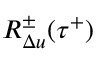
R _ { \Delta u } ^ { \pm } ( \tau ^ { + } )